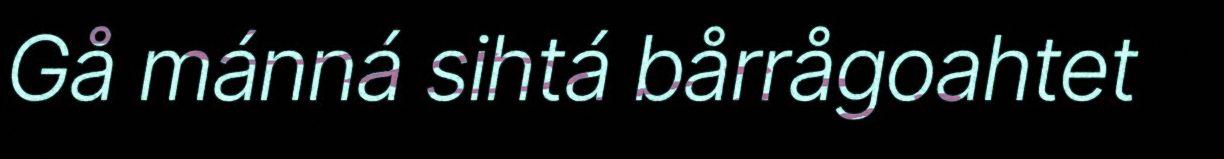
Gå mánná sihtá bårrågoahtet